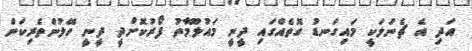
އަދި އެ ޗެނަލަކީ މައިގަނޑު ގޮތެއްގައި ދީނީ މައުލޫމާތު ފޯރުކޮށްދީ ދީނީ ހޭލުންތެރިކަން